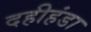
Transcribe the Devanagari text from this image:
दहीहंडा